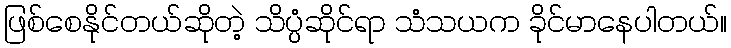
ဖြစ်စေနိုင်တယ်ဆိုတဲ့ သိပ္ပံဆိုင်ရာ သံသယက ခိုင်မာနေပါတယ်။